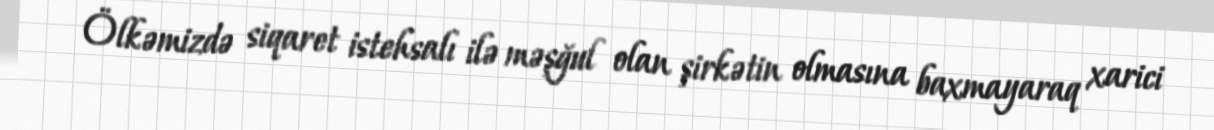
Ölkəmizdə siqaret istehsalı ilə məşğul olan şirkətin olmasına baxmayaraq xarici